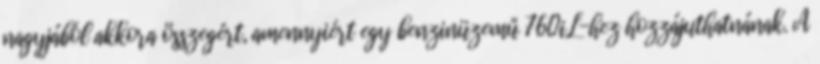
nagyjából akkora összegért, amennyiért egy benzinüzemű 760iL-hez hozzájuthatnának. A